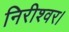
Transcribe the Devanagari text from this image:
निरीश्वर।